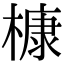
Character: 槺